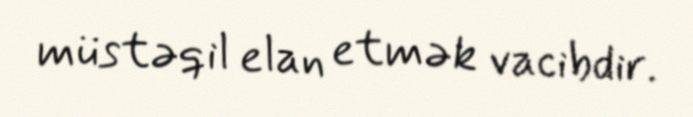
müstəqil elan etmək vacibdir.